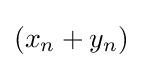
(x_{n}+y_{n})